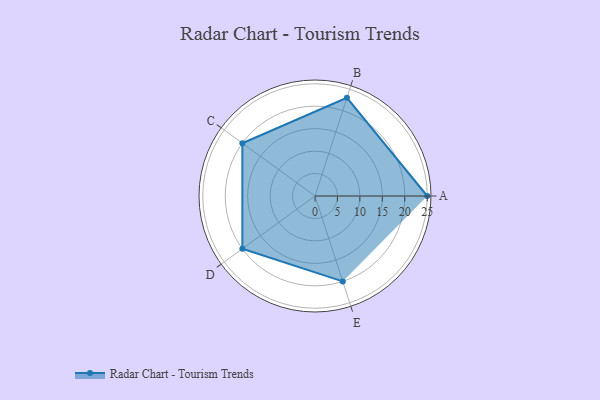
{"axis": {"x": "Skill", "y": "Score"}, "legend": ["Profile"], "data": [{"x": "A", "y": 25.0, "type": "Profile"}, {"x": "B", "y": 23.0, "type": "Profile"}, {"x": "C", "y": 20, "type": "Profile"}, {"x": "D", "y": 20, "type": "Profile"}, {"x": "E", "y": 20, "type": "Profile"}]}